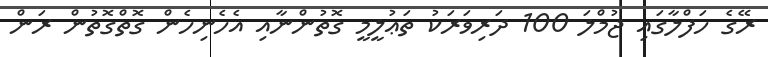
ރޭގެ ހަފްލާގައި ޖުމްލަ 100 ދަރިވަރަކު ތަޢުލީމީ ގޮތުންނާއި އެހެނިހެން ގޮތްގޮތުން ރަން